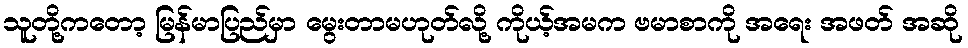
သူတို့ကတော့ မြန်မာပြည်မှာ မွေးတာမဟုတ်လို့ ကိုယ့်အမက ဗမာစာကို အရေး အဖတ် အဆို